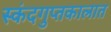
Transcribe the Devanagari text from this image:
स्कंदगुप्तकालात